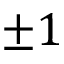
\pm 1